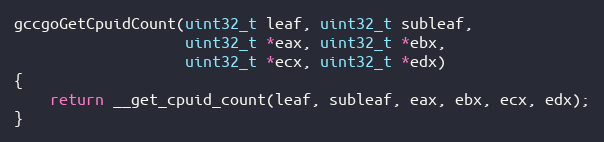
Language: C
gccgoGetCpuidCount(uint32_t leaf, uint32_t subleaf,
                   uint32_t *eax, uint32_t *ebx,
                   uint32_t *ecx, uint32_t *edx)
{
	return __get_cpuid_count(leaf, subleaf, eax, ebx, ecx, edx);
}